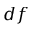
d f